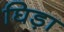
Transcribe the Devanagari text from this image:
घिड़ा